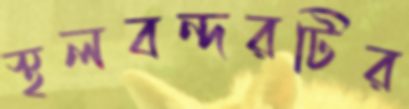
স্থলবন্দরটির